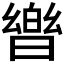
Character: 𭧡